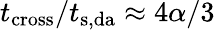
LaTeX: t_{\mathrm{cross}}/t_{\mathrm{s,da}}\approx 4\alpha/3